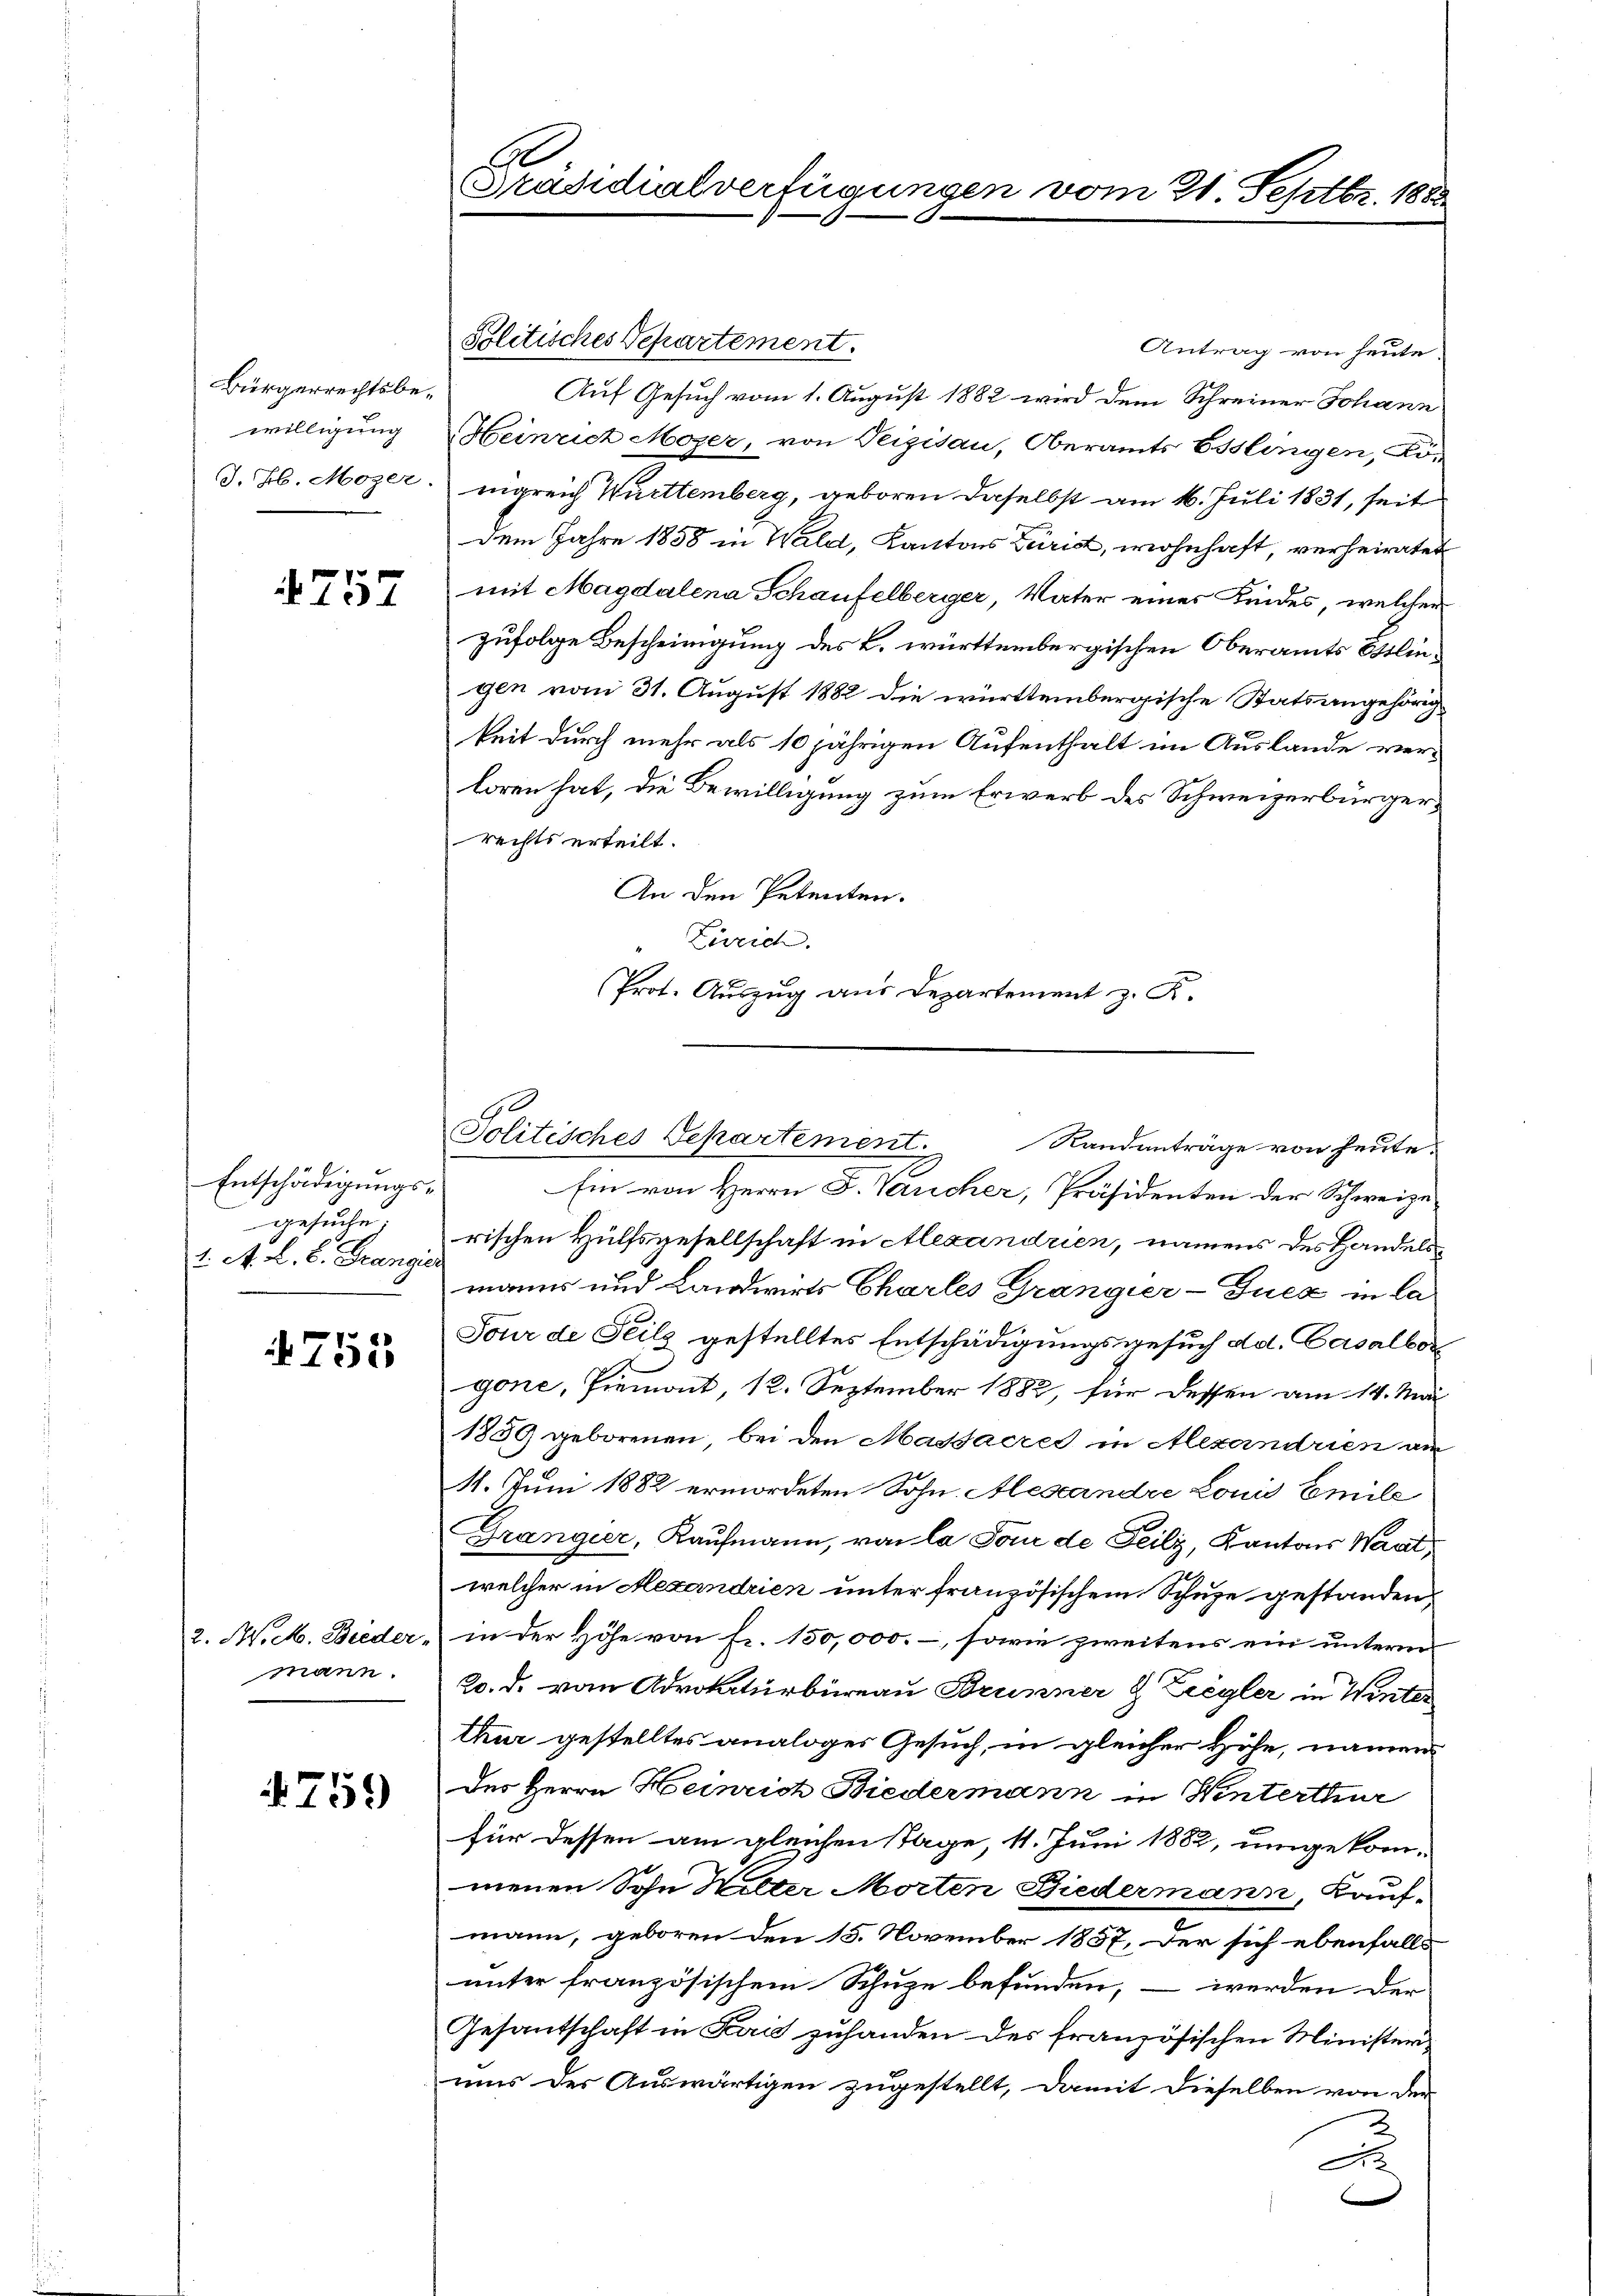
Bürgerrechtsbewilligung
J. H. Mozer.

757

Entschädigungsgesuche
1. A. L. C. Frangier

755

2. M. M. Bieder-
mann.

759

60
Präsidialverfügungen v

Politisches Departement.
Antrag von heute
Auf Gesuch vom 1. August 1882 wird dem Schreiner Johann
Heinrich Mozer, von Peizisau, Oberamts Esslingen, Kö-
nigreich Württemberg, geboren daselbst am 16. Juli 1831, seit
dem Jahre 1858 in Wald, Kantons Zürich, wohnhaft, verheiratet
mit Magdalena Schaufelberger Vater einer Kindes, welcher
zufolge Bescheinigung des k. württembergischen Oberamts Ötlingen vom 31. August 1882 die württembergische Statsangehörig
keit durch mehr als 10 jährigen Aufenthalt im Auslande verloren hat, die Bewilligung zum Erwerb des Schweizerbürgerrechts erteilt.
An den Petenten.
Zürich.
Prot. Auszug aus Departement z. K.

mm 21. Septbr. 1883.

Ein von Herrn F. Vaucher, Präsidenten der Schweize
rischen Hülfsgesellschaft in Alexandrien, namens des Handelsmanns und Landwirts Chartes Grangier-Gucz in la
Sour de Teils gestelltes Entschädigungsgesuch dd. Casalbor
2
gone, Piemont, 12. September 1882, für dessen am 14. Mär
1859 geborenen, bei den Massacrés in Alexandrien au
11. Juni 1882 ermordeten Sohn. Alexandre Louis Emile
Grangier, Kaufmann, von la Pour de Teilz, Kantons Waat,
welcher in Mexandrien unter französischem Schuze gestanden,
in der Höhe von Fr. 150,000. –, sowie zweitens ein unterm
20. d. vom Advokaturbüreau Brunner & Ziegler in Winter
thur gestelltes analoges Gesuch, in gleicher Höhe, namen
des Herrn Heinrich Biedermann in Winterthur
für dessen am gleichen Tage 11. Juni 1882, umgekom-
menen Sohn Helter Morten Biedermann, Kauf-
mann, geboren den 15. November 1857, der sich ebenfalls
unter französischem Schuze befunden, – werden der
Gesantschaft in Land zuhanden des französischen Ministeriuis der Auswärtigen zugestellt, damit dieselben von der
.

Solitisches Departement. Randanträge von heute.